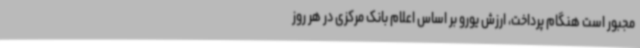
مجبور است هنگام پرداخت، ارزش یورو بر اساس اعلام بانک مرکزی در هر روز